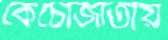
কেঁচোজাতীয়